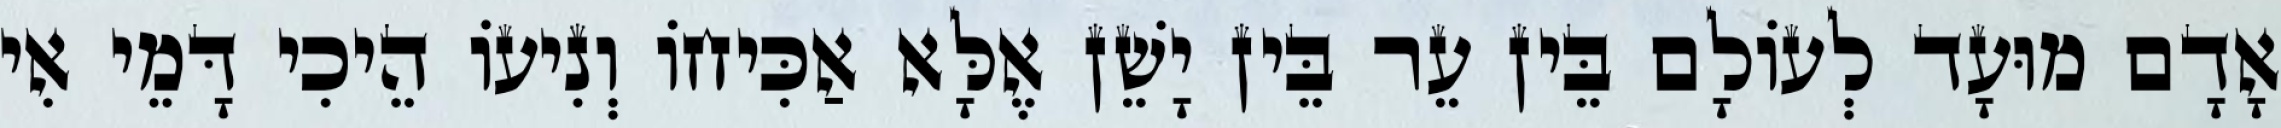
אָדָם מוּעָד לְעוֹלָם בֵּין עֵר בֵּין יָשֵׁן אֶלָּא אַכִּיחוֹ וְנִיעוֹ הֵיכִי דָּמֵי אִי